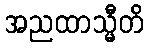
အညထာသ္မီတိ